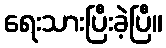
ရေးသားပြီးခဲ့ပြီ။